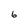
Character: 6